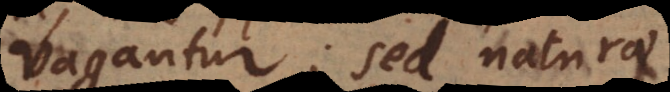
vagantur; sed naturae